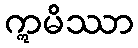
ဣမိဿာ